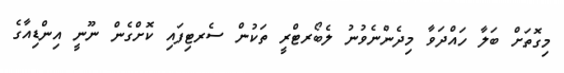
މިގޮތަށް ބަލާ ހައްދަވާ މިދެންނެވުނު ލެބޯރޓްރީ ތަކުން ސެރޓިފައި ކޮށްގެން ނޫނީ އިންޑިއާގެ